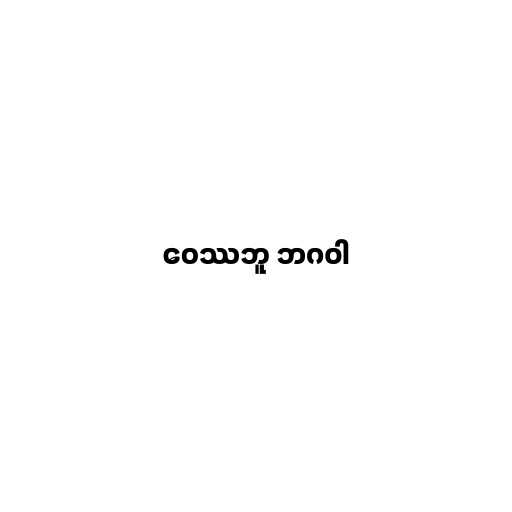
ဝေဿဘူ ဘဂဝါ